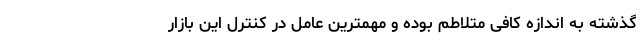
گذشته به اندازه کافی متلاطم بوده و مهمترین عامل در کنترل این بازار